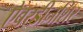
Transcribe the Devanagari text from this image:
ऐबरडीनशिर